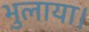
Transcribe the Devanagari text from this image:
भुलाया।